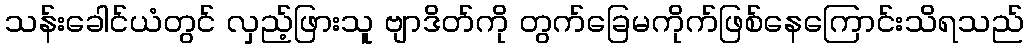
သန်းခေါင်ယံတွင် လှည့်ဖြားသူ ဗျာဒိတ်ကို တွက်ခြေမကိုက်ဖြစ်နေကြောင်းသိရသည်